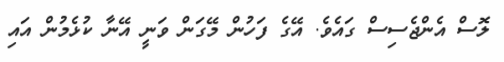
ލޮސް އެންޖެސިސް ގައެވެ. އޭގެ ފަހުން މޭގަން ވަނީ އޭނާ ކުޅެމުން އައި